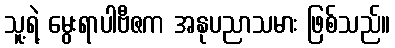
သူ့ရဲ့ မွေးရာပါဗီဇက အနုပညာသမား ဖြစ်သည်။